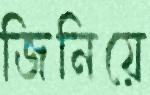
জিনিয়ে